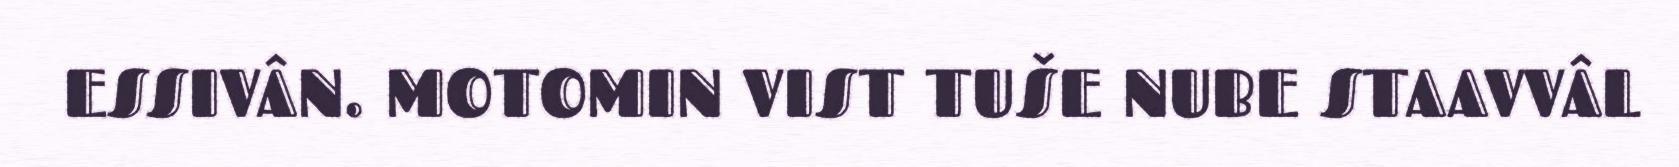
ESSIVÂN. MOTOMIN VIST TUŠE NUBE STAAVVÂL